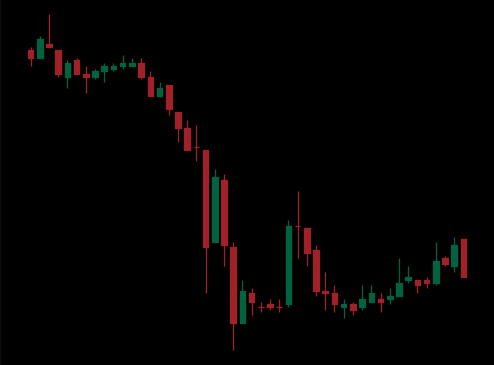
Pattern: bull_flag